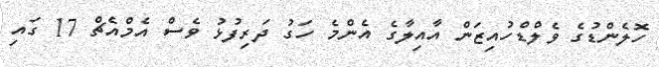
ހޮލެންޑުގެ ވެލްޑްހުއިޒަން އާއިލާގެ އެންމެ ހަގު ދަރިފުޅު ވެސް އެމްއެޗް 17 ގައި